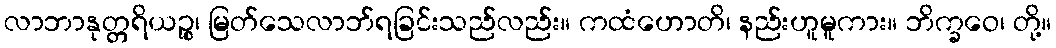
လာဘာနုတ္တရိယဉ္စ၊ မြတ်သေလာဘ်ရခြင်းသည်လည်း။ ကထံဟောတိ၊ နည်းဟူမူကား။ ဘိက္ခဝေ၊ တို့။